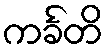
ကင်္ခတိ